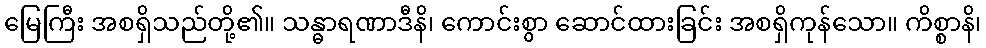
မြေကြီး အစရှိသည်တို့၏။ သန္ဓာရဏာဒီနိ၊ ကောင်းစွာ ဆောင်ထားခြင်း အစရှိကုန်သော။ ကိစ္စာနိ၊